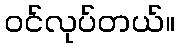
ဝင်လုပ်တယ်။